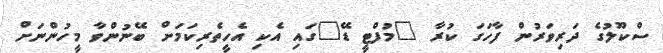
ސްކޫލުގެ ދަރިވަރުން ފާހަގަ ކުރާ "މުފްޓީ ޑޭ"ގައި އެކި އެހީތެރިކަމަށް ބޭނުންވާ މީހުންނަށް